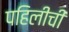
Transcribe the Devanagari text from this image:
पहिलीची